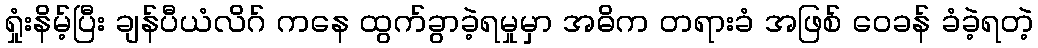
ရှုံးနိမ့်ပြီး ချန်ပီယံလိဂ် ကနေ ထွက်ခွာခဲ့ရမှုမှာ အဓိက တရားခံ အဖြစ် ဝေခန် ခံခဲ့ရတဲ့